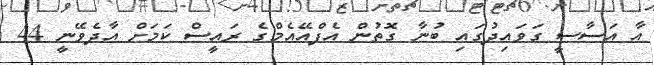
އާ އަސާސީ ގަވައިދުގައި ބުނާ ގޮތުން އެފްއޭއެމްގެ ރައީސް ކަމަށް އާދެވޭނީ 44